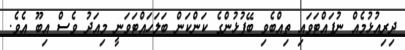
ދިރިއުޅުމެއް ނުފައްޓަވައި ތިއްބެވި ބޭފުޅުންގެ ކަންކަން ބަލަހައްޓަވަނީ މިއަދު ވެސް އިބޫ އެވެ.